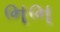
ભભ